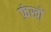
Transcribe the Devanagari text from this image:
फ़ंखों